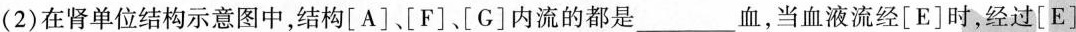
(2)在肾单位结构示意图中，结构[A][F]、[G]内流的都是___血，当血液流经[E]时，经过[E]